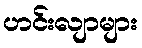
ဟင်းလျာများ